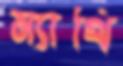
ম্যাথি